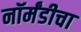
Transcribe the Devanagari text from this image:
नॉर्मंडीचा